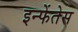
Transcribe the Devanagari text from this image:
इन्फेंतेस